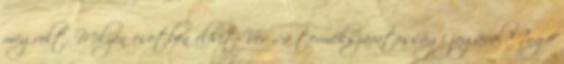
megvolt. Milyen esetben élhet Vevő a termékszavatossági jogával? Ingó